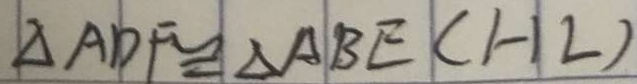
\Delta A D F \cong \Delta A B E ( H L )